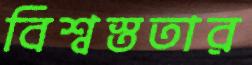
বিশ্বস্ততার